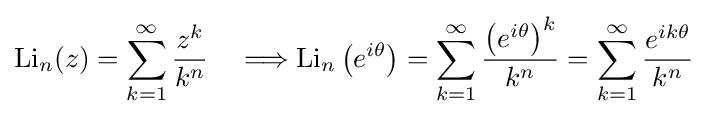
\operatorname {Li} _{n}(z)=\sum _{k=1}^{\infty }{\frac {z^{k}}{k^{n}}}\quad \Longrightarrow \operatorname {Li} _{n}\left(e^{i\theta }\right)=\sum _{k=1}^{\infty }{\frac {\left(e^{i\theta }\right)^{k}}{k^{n}}}=\sum _{k=1}^{\infty }{\frac {e^{ik\theta }}{k^{n}}}